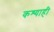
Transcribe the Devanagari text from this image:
कश्याही